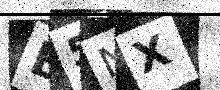
Text: E5NX